system: You are a helpful assistant.
user:
Analyze the provided spectrum to determine if it is a **White Dwarf (WD)**.

A White Dwarf spectrum is defined by its **extreme purity** (due to gravitational settling) and/or **extreme pressure broadening** (due to high surface gravity). You must check for one of the following mutually exclusive signatures:

- **Key Visual Indicators (Check for ONE of these types):**

    - **1. DA-Type Signature (Most Common):**
        - **(Primary Feature):** Extreme pressure broadening (Stark broadening) of the **Hydrogen (H) Balmer lines**.
        - **(Key Lines):** $H\beta$ (approx. $4861$ Å) and $H\gamma$ (approx. $4340$ Å). $H\alpha$ (approx. $6563$ Å) will also be present if the wavelength range covers it.
        - **(Line Profile):** This is the **defining feature**. The lines are **NOT** sharp. They appear as massive, **extremely broad and deep "troughs" or "dips"** in the spectrum, often hundreds of Ångströms wide. The continuum will appear to "scoop" down at these wavelengths.
        - **(Distinction):** Normal A-type or B-type stars have *narrow* and *sharp* Hydrogen lines. A DA White Dwarf's lines are unmistakably "smeared" or "blurry" from pressure.

    - **2. DB-Type Signature:**
        - **(Primary Feature):** Broad absorption lines from **Neutral Helium (He I)**. The spectrum must lack any visible Hydrogen lines.
        - **(Key Lines):** Look for broad absorption near $4471$ Å, $4921$ Å, and $5876$ Å.
        - **(Line Profile):** These lines are also significantly pressure-broadened, appearing much wider than they would in a normal B-type main-sequence star.

    - **3. DC-Type Signature:**
        - **(Primary Feature):** A **featureless continuous spectrum**.
        - **(Line Profile):** The spectrum is a smooth curve with **no significant absorption or emission lines**.
        - **(Key Confirmation):** The continuum is almost always **blue or white**, indicating a hot object. This signature implies the atmosphere is so pure (or so cool) that no spectral lines are visible in the optical range. Its WD identity is confirmed by its extremely low intrinsic brightness (high absolute magnitude).

    - **4. DZ-Type Signature (Metal-Polluted):**
        - **(Primary Feature):** **Isolated, narrow metal absorption lines** on an otherwise featureless (DC-like) continuum.
        - **(Key Lines):** The **Calcium (Ca II) H & K doublet** (approx. **$3934$ Å** and **$3968$ Å**) is the most common and defining feature.
        - **(Line Profile):** These lines are "out of place." They are *not* part of a "forest" of thousands of lines. This signature is evidence of recent *accretion* (pollution) from rocky debris.
        - **(Distinction):** Normal G/K/M stars have a *dense forest* of thousands of metal lines. A DZ has a *clean* continuum with *only a few* strong metal lines.

    - **5. DQ-Type Signature (Carbon-Polluted):**
        - **(Primary Feature):** Absorption bands from **Carbon (C₂ "Swan Bands" or atomic C I)**.
        - **(Key Lines - C₂):** Look for bandheads with a "saw-tooth" shape near $5635$ Å, **$5165$ Å** (strongest), and $4737$ Å.
        - **(Key Confirmation):** The underlying **continuum must be blue or white** (hot).
        - **(Distinction):** This is the critical difference from a **Carbon Star**, which has the *exact same* C₂ bands but on an extremely **red, cool** continuum.

- **(Overall Spectrum):**
    - The continuum (overall shape) is typically **blue-sloping** (brighter in the blue than the red), as most white dwarfs are very hot.
    - The spectrum will look "pure" or "simple," dominated by only *one* of the five signatures listed above.

Think first, call **spectral_visualization_tool** if needed to examine features in detail, then provide your final answer. Your response must adhere to the following strict rules:
1.  **Overall Structure:** Your response must follow the format `<think>...</think> <tool_call>...</tool_call> (if a tool is used) <answer>...</answer>`.
2.  **Tool Usage Constraint:** You may only make **one** tool call per turn.
3.  **Final Answer Format:** In the `<answer>` tag, your conclusion must be inside a `\boxed{}` command (e.g., `\boxed{YES}` or `\boxed{NO}`), followed by your justification.

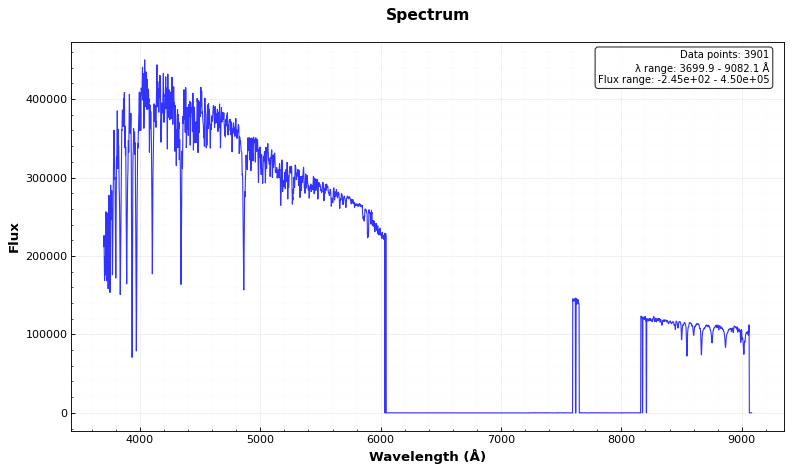
Answer: NO